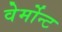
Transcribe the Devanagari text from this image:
वेर्मोन्ट